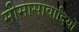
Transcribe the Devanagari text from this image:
मीमासावादियों